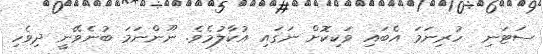
ސަޓަނި  ހުރިނަމަ އެބައި ވަކިކޮށް ނަގައި އުކާލުމެވެ. ނޫންނަމަ ބުނެވޭނީ ދިވެހި